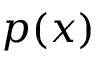
p ( x )